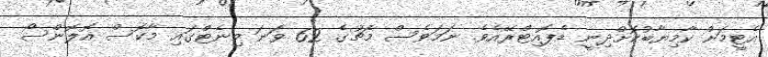
އެޓީމަށް ކާމިޔާބުކޮށްދިނީ ޑެޕޮއިޓްރޭއެވެ. ނަމަވެސް މެޗުގެ 62 ވަނަ މިނެޓްގައި މާކޮސް އޮލޮންސޯ